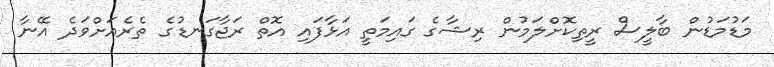
މަޑުމަޑުން ބާލީސް ރީތިކޮށްލަމުން ރިޝާގެ ގައިމަތީ އަޅާފައި އޮތް ރަޖާގަނޑުގެ ތެރެއަށްވަދެ އޭނާ